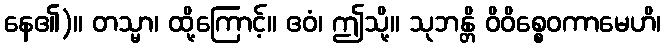
နေ၏)။ တသ္မာ၊ ထို့ကြောင့်။ ဧဝံ၊ ဤသို့။ သုဘန္တိ ဝိဝိစ္စေဝကာမေဟိ၊